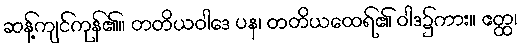
ဆန့်ကျင်ကုန်၏။ တတိယဝါဒေ ပန၊ တတိယထေရ်၏ ဝါဒ၌ကား။ ဧတ္ထ၊